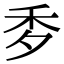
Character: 𥝘